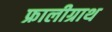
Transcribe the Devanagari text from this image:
फ्रालीग्राथ